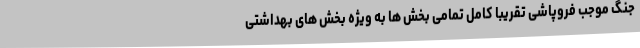
جنگ موجب فروپاشی تقریبا کامل تمامی بخش ها به ویژه بخش های بهداشتی